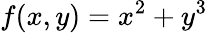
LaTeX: f(x,y)=x^{2}+y^{3}